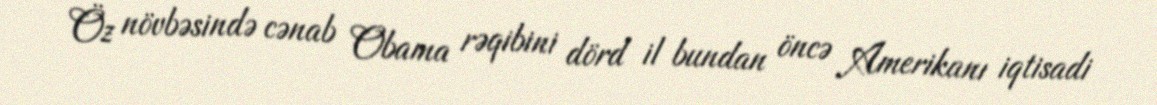
Öz növbəsində cənab Obama rəqibini dörd il bundan öncə Amerikanı iqtisadi